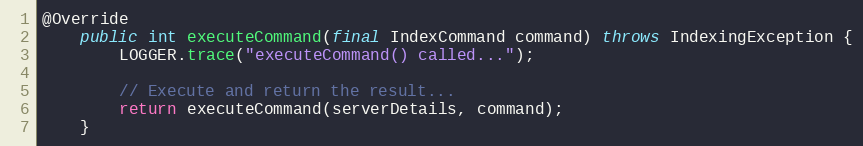
Language: Java
@Override
    public int executeCommand(final IndexCommand command) throws IndexingException {
        LOGGER.trace("executeCommand() called...");

        // Execute and return the result...
        return executeCommand(serverDetails, command);
    }